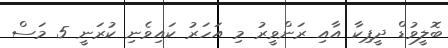
ބޮލީވުޑް ދީޕިކާ އާއި ރަންވީރު މި އަހަރު ކައިވެނި ކުރަނީ 5 މަސް